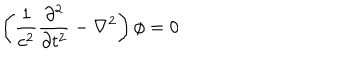
LaTeX: \left( \frac { 1 } { c ^ { 2 } } \frac { \partial ^ { 2 } } { \partial t ^ { 2 } } - \nabla ^ { 2 } \right) \phi = 0